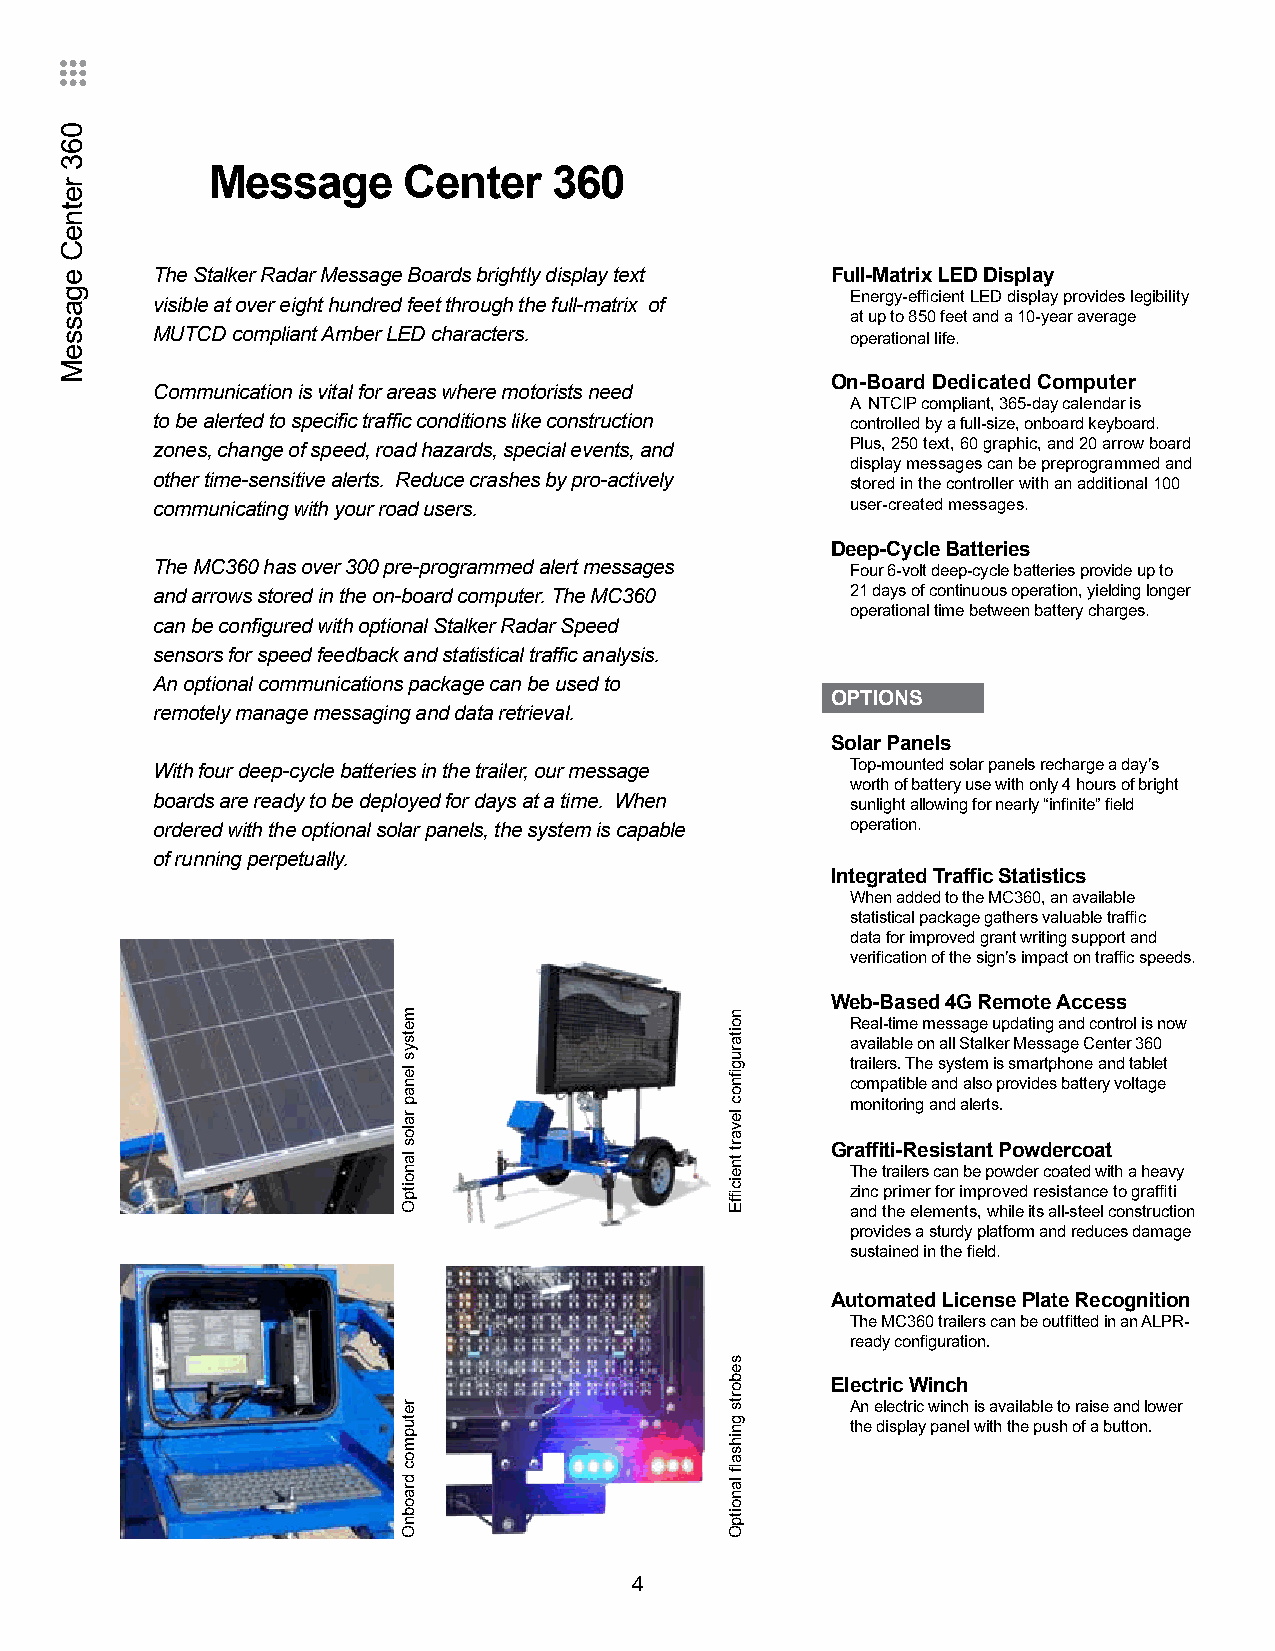
Message      Center    360
 The Stalker Radar Message Boards brightly display text Full-Matrix LED Display
 Energy-efficient LED display provides legibility
 visible at over eight hundred feet through the full-matrix of
 at up to 850 feet and a 10-year average
 MUTCD compliant Amber LED characters.         operational life.
 On-Board Dedicated Computer
 Communication is vital for areas where motorists need
 A NTCIP compliant, 365-day calendar is
 to be alerted to specific traffic conditions like construction controlled by a full-size, onboard keyboard.
 zones, change of speed, road hazards, special events, and Plus, 250 text, 60 graphic, and 20 arrow board
 display messages can be preprogrammed and
 other time-sensitive alerts. Reduce crashes by pro-actively stored in the controller with an additional 100
 communicating with your road users.           user-created messages.
 Deep-Cycle Batteries
 The MC360 has over 300 pre-programmed alert messages Four 6-volt deep-cycle batteries provide up to
 and arrows stored in the on-board computer. The MC360 21 days of continuous operation, yielding longer
 operational time between battery charges.
 can be configured with optional Stalker Radar Speed
 sensors for speed feedback and statistical traffic analysis.
 An optional communications package can be used to
 OPTIONS
 remotely manage messaging and data retrieval.
 Solar Panels
 With four deep-cycle batteries in the trailer, our message Top-mounted solar panels recharge a day’s
 worth of battery use with only 4 hours of bright
 boards are ready to be deployed for days at a time. When sunlight allowing for nearly “infinite” field
 ordered with the optional solar panels, the system is capable operation.
 of running perpetually.
 Integrated Traffic Statistics
 When added to the MC360, an available
 statistical package gathers valuable traffic
 data for improved grant writing support and
 verification of the sign’s impact on traffic speeds.
 Web-Based 4G Remote Access
 Real-time message updating and control is now
 available on all Stalker Message Center 360
 trailers. The system is smartphone and tablet
 compatible and also provides battery voltage
 monitoring and alerts.
 Graffiti-Resistant Powdercoat
 The trailers can be powder coated with a heavy
 zinc primer for improved resistance to graffiti
 and the elements, while its all-steel construction
 provides a sturdy platform and reduces damage
 sustained in the field.
 Automated License Plate Recognition
 The MC360 trailers can be outfitted in an ALPR-
 ready configuration.
 Electric Winch
 An electric winch is available to raise and lower
 the display panel with the push of a button.
 4
 063
 retneC
 egasseM
 metsys
 lenap
 ralos
 lanoitpO
 retupmoc
 draobnO
 noitarugfinoc
 levart
 tneicffiE
 seborts
 gnihsafl
 lanoitpO